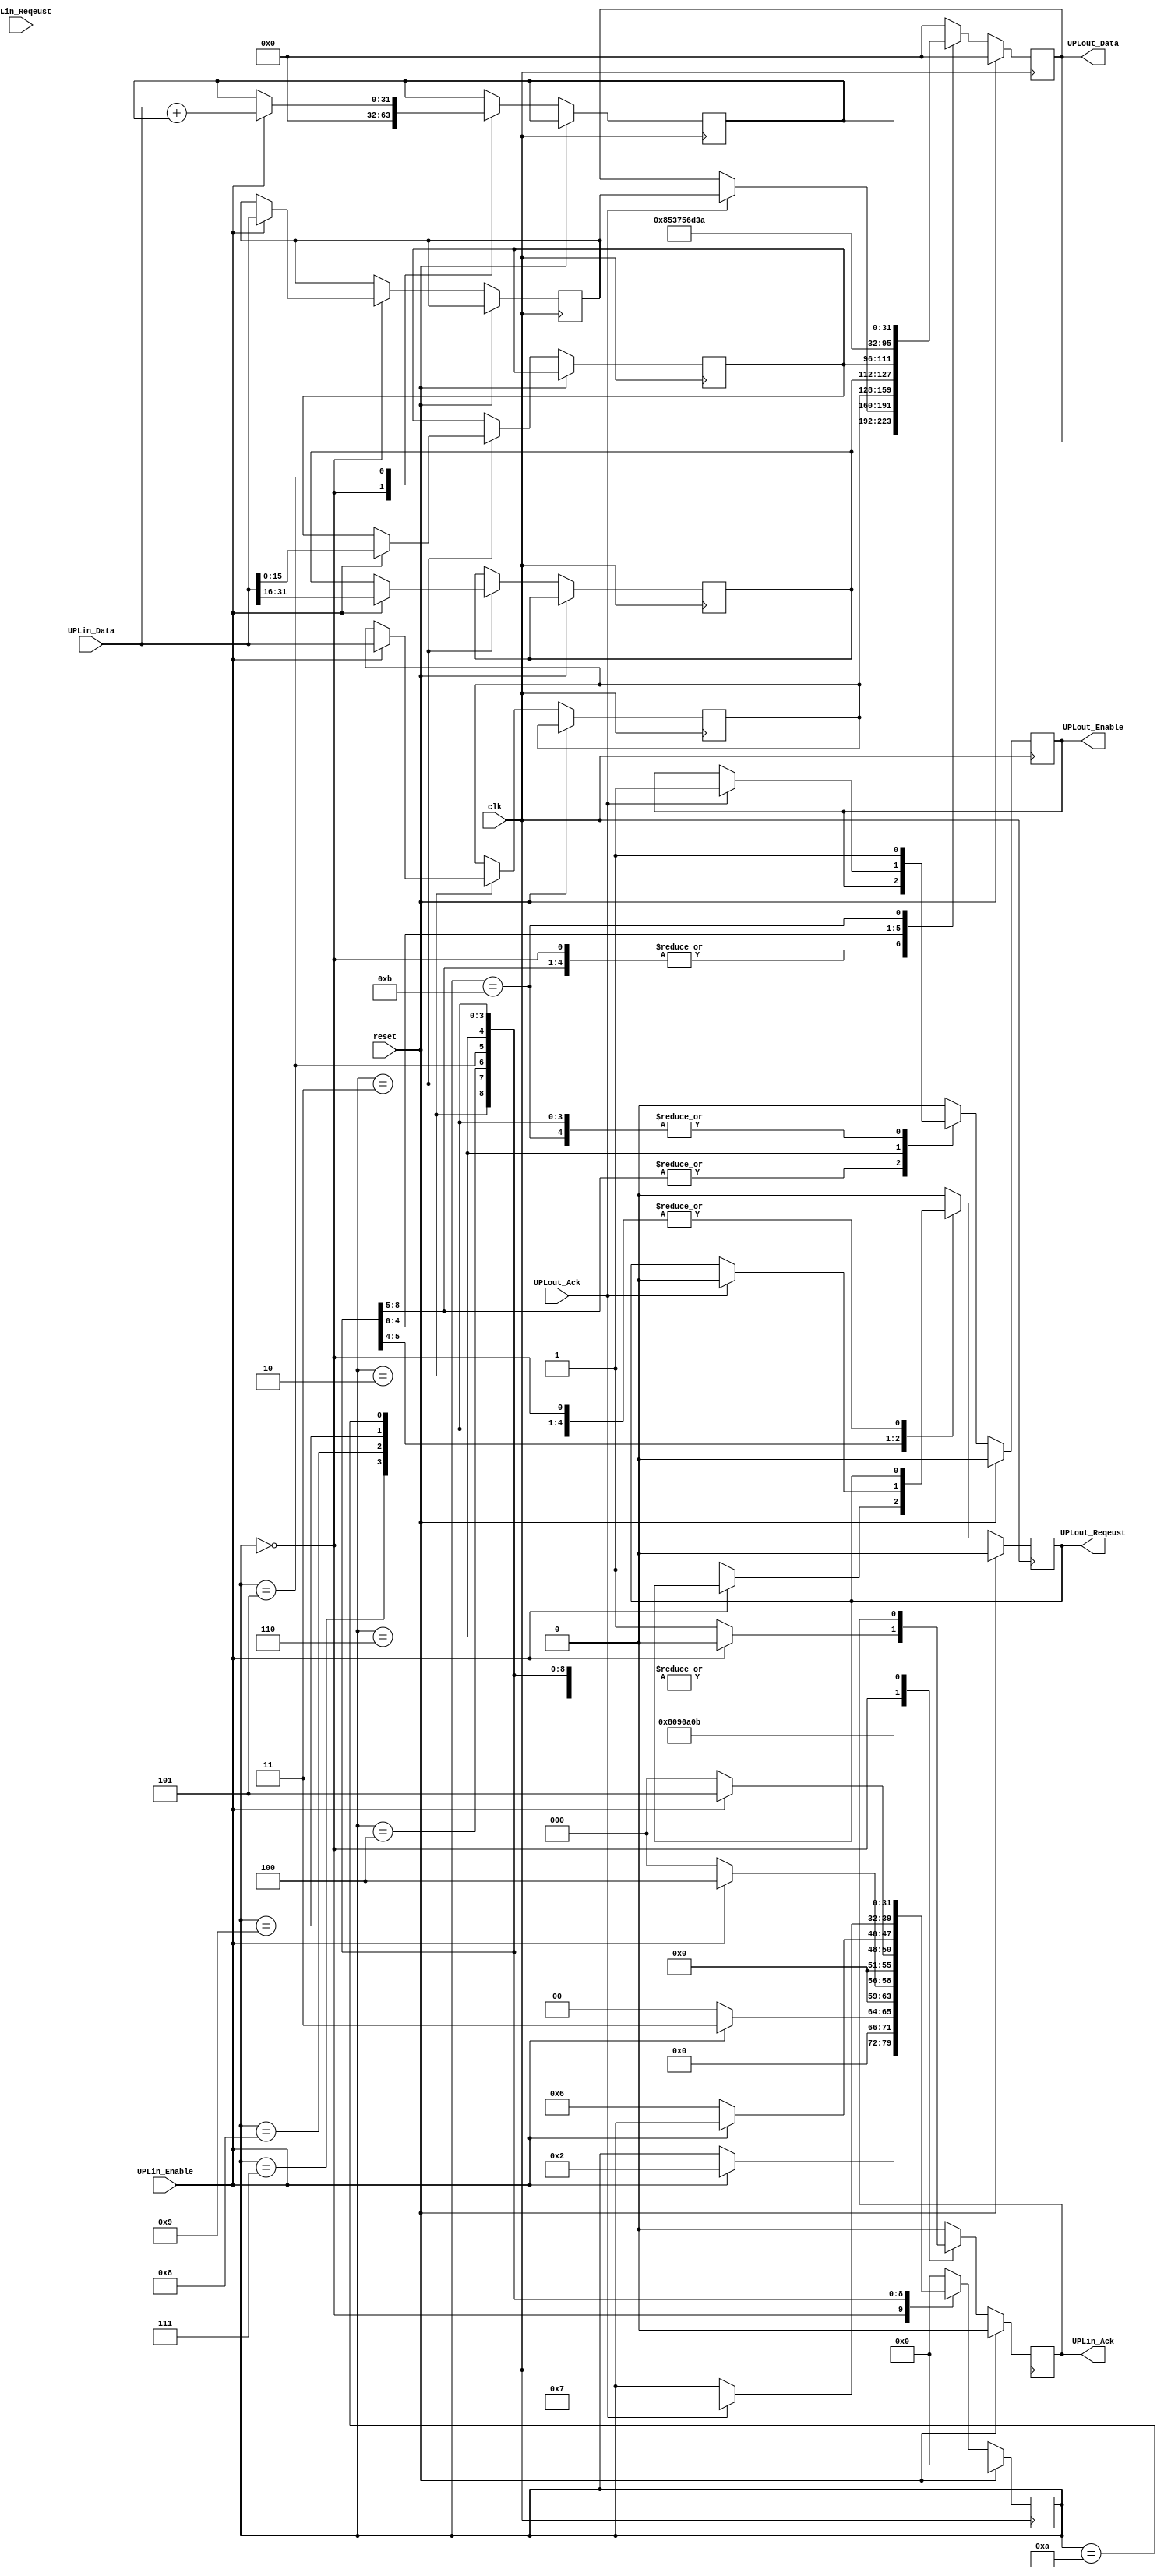
`default_nettype none

module simple_udprecv(
		      input wire clk,
		      input wire reset,

		      input wire UPLin_Reqeust,
		      output reg UPLin_Ack,
		      input wire UPLin_Enable,
		      input wire [31:0] UPLin_Data,

		      output reg UPLout_Reqeust,
		      input wire UPLout_Ack,
		      output reg UPLout_Enable,
		      output reg [31:0] UPLout_Data
		      );

    reg [7:0] state = 0;

    localparam STATE_IDLE = 8'd0;

    localparam STATE_RECV_DST_IP = 8'd1;
    localparam STATE_RECV_SRC_IP = 8'd2;
    localparam STATE_RECV_DST_SRC_PORT = 8'd3;
    localparam STATE_RECV_BYTES = 8'd4;
    localparam STATE_RECV_DATA = 8'd5;

    localparam STATE_SEND_SRC_IP = 8'd6;
    localparam STATE_SEND_DST_IP = 8'd7;
    localparam STATE_SEND_SRC_DST_PORT = 8'd8;
    localparam STATE_SEND_BYTES = 8'd9;
    localparam STATE_SEND_DATA1 = 8'd10;
    localparam STATE_SEND_DATA2 = 8'd11;

    reg [31:0] my_ip_addr;
    reg [31:0] host_ip_addr;
    reg [15:0] my_port;
    reg [15:0] host_port;
    reg [31:0] payload_bytes;

    reg [31:0] summation;

    always @(posedge clk) begin
	if(reset == 1) begin
	    UPLin_Ack <= 1'b0;
	    UPLout_Reqeust <= 1'b0;
	    UPLout_Enable <= 1'b0;
	    UPLout_Data <= 32'h0;
	    state <= STATE_IDLE;
	end else begin

	    case(state)

		STATE_IDLE: begin
		    if(UPLin_Enable == 1'b1) begin
			state <= STATE_RECV_SRC_IP;
			UPLin_Ack <= 1'b0; // In receiving, this module cannot receive the other packets.
			my_ip_addr <= UPLin_Data; // receive the 1st word.
		    end else begin
			UPLin_Ack <= 1'b1; // wait for a packet
		    end
		    summation <= 0;
		    UPLout_Enable <= 1'b0;
		end

		STATE_RECV_SRC_IP: begin
		    if(UPLin_Enable == 1'b0) begin
			state <= STATE_IDLE; // illegal packet
		    end else begin
			host_ip_addr <= UPLin_Data;
			state <= STATE_RECV_DST_SRC_PORT;
		    end
		end

		STATE_RECV_DST_SRC_PORT: begin
		    if(UPLin_Enable == 1'b0) begin
			state <= STATE_IDLE; // illegal packet
		    end else begin
			my_port <= UPLin_Data[31:16];
			host_port <= UPLin_Data[15:0];
			state <= STATE_RECV_BYTES;
		    end
		end

		STATE_RECV_BYTES: begin
		    if(UPLin_Enable == 1'b0) begin
			state <= STATE_IDLE; // illegal packet
		    end else begin
			payload_bytes <= UPLin_Data;
			state <= STATE_RECV_DATA;
		    end
		end

		STATE_RECV_DATA: begin
		    if(UPLin_Enable == 1'b0) begin // end of packet
			state <= STATE_SEND_SRC_IP;
			UPLout_Reqeust <= 1'b1; // ready to send a reply packet
		    end else begin
			summation <= UPLin_Data + summation;
		    end
		end

		STATE_SEND_SRC_IP : begin
		    if(UPLout_Ack == 1'b1) begin
			state <= STATE_SEND_DST_IP;
			UPLout_Reqeust <= 1'b0;
			UPLout_Enable <= 1'b1;
			UPLout_Data <= my_ip_addr;
		    end
		end

		STATE_SEND_DST_IP: begin
		    state <= STATE_SEND_SRC_DST_PORT;
		    UPLout_Enable <= 1'b1;
		    UPLout_Data <= host_ip_addr;
		end
		
		STATE_SEND_SRC_DST_PORT: begin
		    state <= STATE_SEND_BYTES;
		    UPLout_Enable <= 1'b1;
		    UPLout_Data <= {my_port, host_port};
		end

		STATE_SEND_BYTES: begin
		    state <= STATE_SEND_DATA1;
		    UPLout_Enable <= 1'b1;
		    UPLout_Data <= 32'd8; // 8 bytes
		end

		STATE_SEND_DATA1: begin
		    state <= STATE_SEND_DATA2;
		    UPLout_Enable <= 1'b1;
		    UPLout_Data <= 32'h53756d3a; // (format "32'h%x%x%x%x" ?S ?u ?m ?:)
		end

		STATE_SEND_DATA2: begin
		    state <= STATE_IDLE;
		    UPLout_Enable <= 1'b1;
		    UPLout_Data <= summation;
		end

		default: begin
		    UPLin_Ack <= 1'b0;
		    UPLout_Reqeust <= 1'b0;
		    UPLout_Enable <= 1'b0;
		    UPLout_Data <= 32'h0;
		    state <= STATE_IDLE;
		end

	    endcase // case (state)
	end // else: !if(reset == 1)
    end // always @ (posedge clk)

endmodule // simple_udprecv

`default_nettype wire